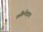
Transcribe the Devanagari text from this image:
लंकेपेक्षाच